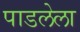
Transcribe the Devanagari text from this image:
पाडलेला